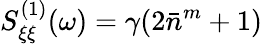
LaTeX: S_{\xi\xi}^{(1)}(\omega)=\gamma(2\bar{n}^{m}+1)